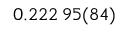
0 . 2 2 2 \, 9 5 ( 8 4 )